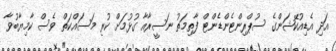
އަދި އެޑިއުކޭޝަންގެ ސުޕްރިންޓެންޑެންޓް ފާތިމަތު ނަސީރާއާ ގުޅުމަށް ކުރި މަސައްކަތް ވެސް ކާމިޔާބުވާ